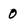
Character: 0